Document type: Sale
Year: 1435
Scribe: Pere Soler
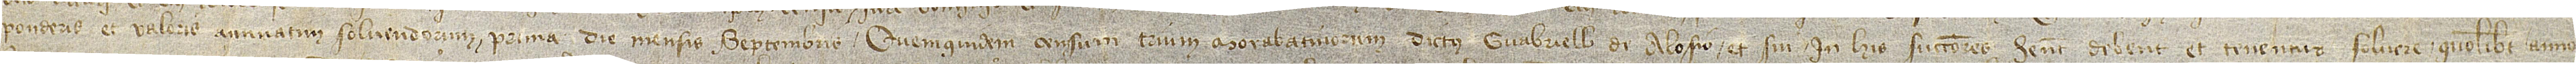
ponderis et valoris annuatim solvendorum prima die mensis septembris. Quemquidem censum trium morabatinorum dictus Guabriell de Alosio et sui in his successores habent, debent et tenentur solvere quolibet anno